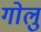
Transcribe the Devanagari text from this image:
गोलु